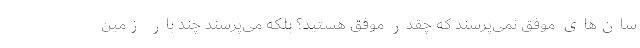
سان‌های موفق نمی‌پرسند که چقدر موفق هستید؟ بلکه می‌پرسند چند بار زمین